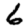
Digit: 6